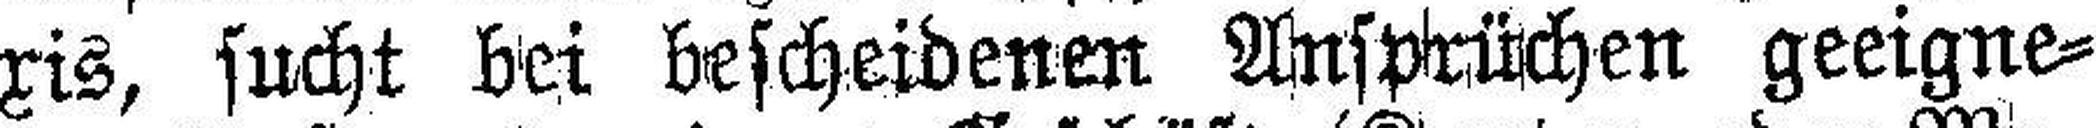
xis, sucht bei bescheidenen Ansprüchen geeigne¬